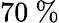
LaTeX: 70\ \%